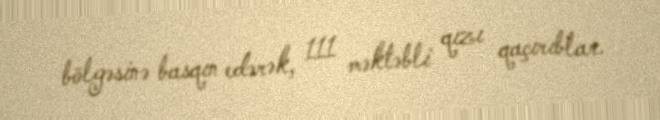
bölgəsinə basqın edərək, 111 məktəbli qızı qaçırıblar.